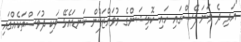
"އަދި ދެ ވަނަ ފޭސްގައި ހައި ކޮމިޝަންގެ މުވައްޒަފުން ކަނޑައެޅޭ ވަކި ދުވަސްތަކެއްގައި